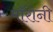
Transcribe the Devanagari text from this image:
मॉरोनी